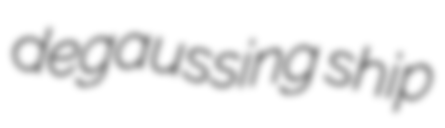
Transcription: degaussing ship